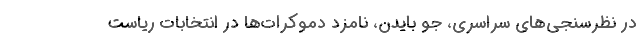
در نظرسنجی‌های سراسری، جو بایدن، نامزد دموکرات‌ها در انتخابات ریاست